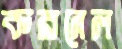
করনেল